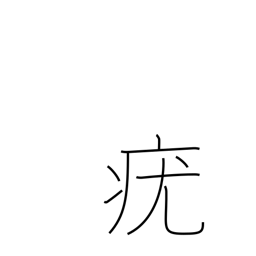
Meaning: wart